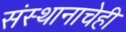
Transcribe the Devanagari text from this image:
संस्थानाचेही